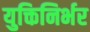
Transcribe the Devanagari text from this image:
युक्तिनिर्भर